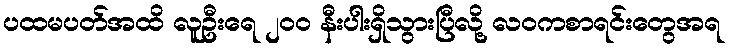
ပထမပတ်အထိ လူဦးရေ ၂၀၀ နီးပါးရှိသွားပြီလို့ လဝကစာရင်းတွေအရ